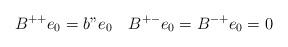
LaTeX: \begin{align*}B^{++}e_0=b"e_0\quad B^{+-}e_0=B^{-+}e_0=0\end{align*}